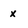
Character: x